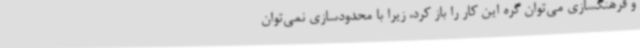
و فرهنگسازی می‌توان گره این کار را باز کرد، زیرا با محدودسازی نمی‌توان